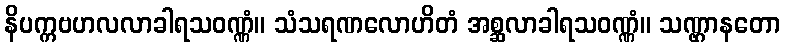
နိပက္ကဗဟလလာခါရသဝဏ္ဏံ။ သံသရဏလောဟိတံ အစ္ဆလာခါရသဝဏ္ဏံ။ သဏ္ဌာနတော